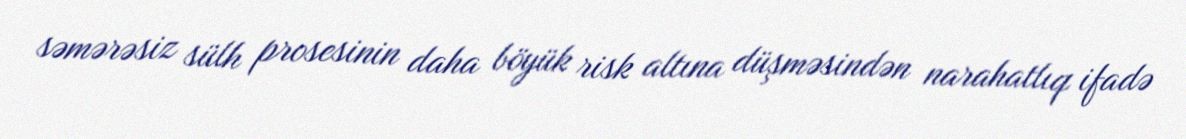
səmərəsiz sülh prosesinin daha böyük risk altına düşməsindən narahatlıq ifadə